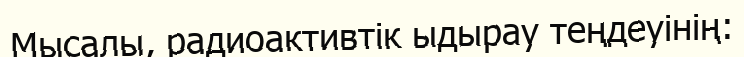
Мысалы, радиоактивтік ыдырау теңдеуінің: